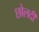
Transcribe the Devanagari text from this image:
छोलदी